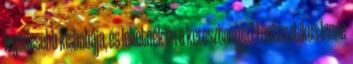
legédesebb kisbabája, és lehetnék én a keresztanyja? Fantasztikus lenne